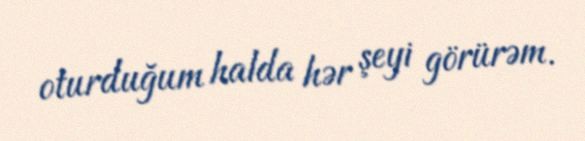
oturduğum halda hər şeyi görürəm.